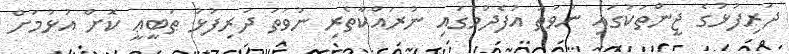
ދަރިފުޅުގެ ޖީންތަކުގައި ނުވަތަ އުފެދުމުގައި ނުރައްކާތެރި ނުވަތަ ދަރިފުޅު ޠަބީޢީ ކޮށް އުޅުމަށް